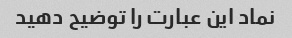
نماد این عبارت را توضیح دهید